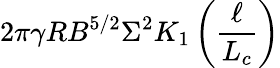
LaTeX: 2\pi\gamma RB^{5/2}\Sigma^{2}K_{1}\left({\frac{\ell}{L_{c}}}\right)